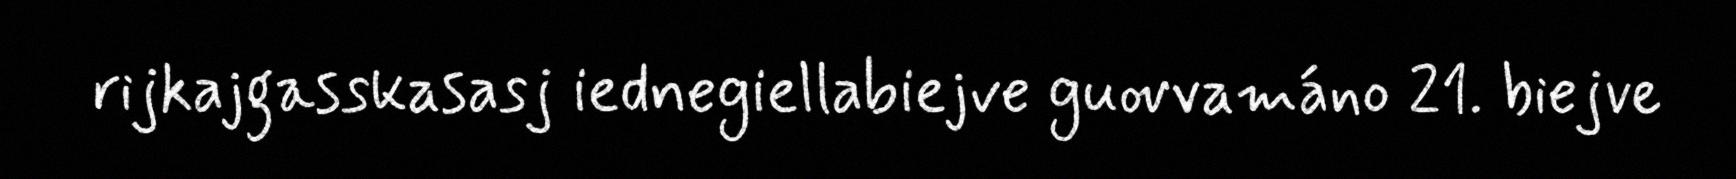
rijkajgasskasasj iednegiellabiejve guovvamáno 21. biejve